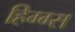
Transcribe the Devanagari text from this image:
हिग्ग्स